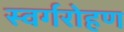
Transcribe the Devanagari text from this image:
स्वर्गरोहण